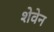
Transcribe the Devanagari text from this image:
शेवेन